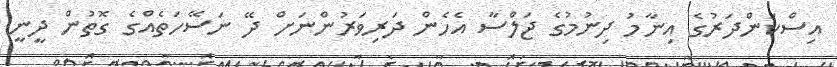
އިސްކަންދަރުގެ އިނާމު ދިނުމުގެ ޖަލްސާ އެހެން ދަރިވަރުންނަށް ދޭ ނަސޭހަތެއްގެ ގޮތުން ދީނީ